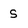
Character: s